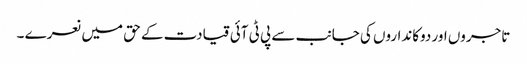
تاجروں اور دوکانداروں کی جانب سے پی ٹی آئی قیادت کے حق میں نعرے ۔